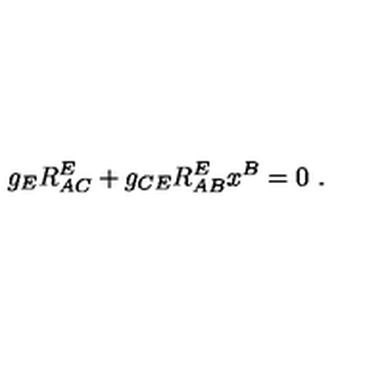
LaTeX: g _ { E } R _ { A C } ^ { E } + g _ { C E } R _ { A B } ^ { E } x ^ { B } = 0 \ .